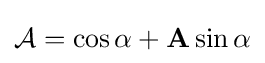
{\mathcal {A}}=\cos \alpha +\mathbf {A} \sin \alpha